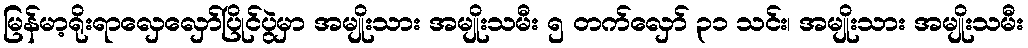
မြန်မာ့ရိုးရာလှေလှော်ပြိုင်ပွဲမှာ အမျိုးသား အမျိုးသမီး ၅ တက်လှော် ၃၁ သင်း၊ အမျိုးသား အမျိုးသမီး